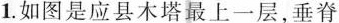
1.如图是应县木塔最上一层，垂脊